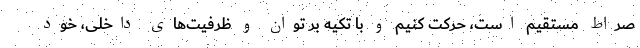
صراط مستقیم است، حرکت کنیم و با تکیه بر توان و ظرفیت‌های داخلی، خود